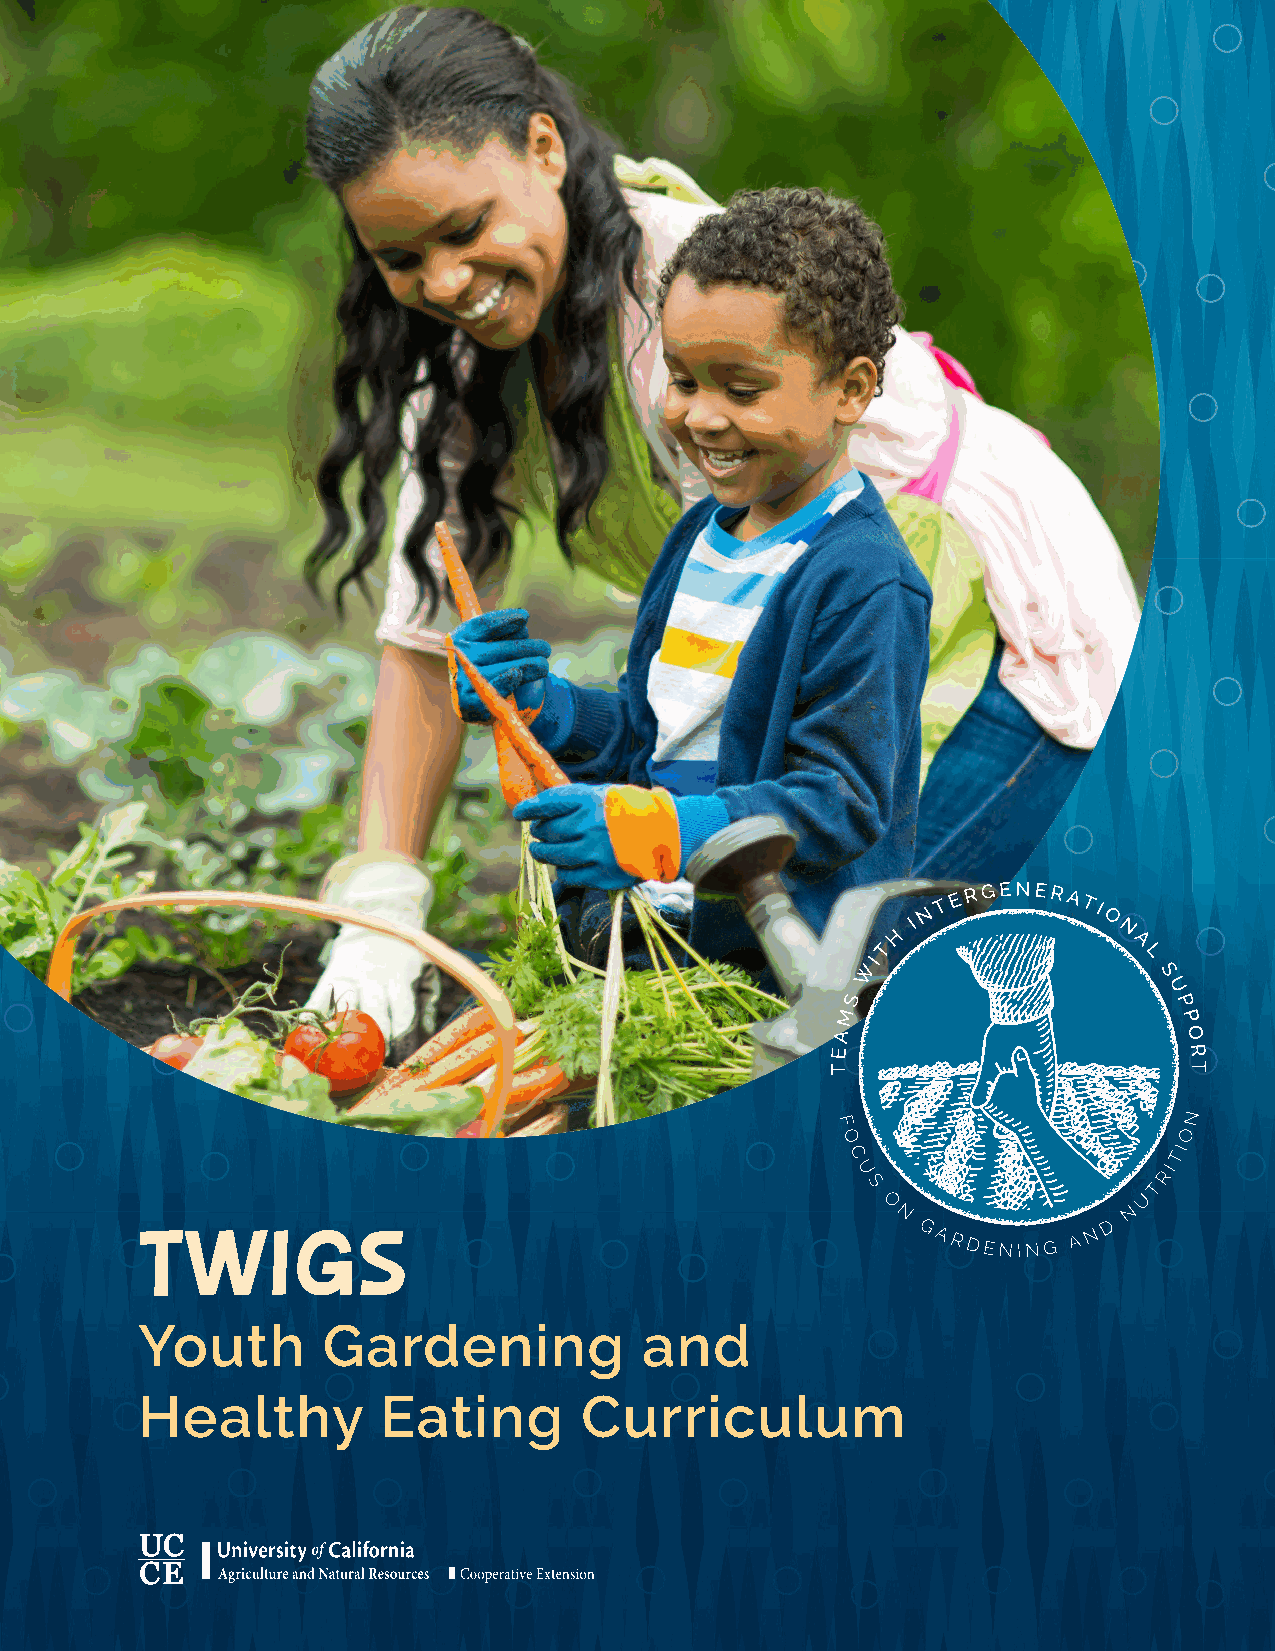
NUTRITION 13
 ACTIVITY
 TWIGS
 Youth       Gardening             and
 Healthy         Eating       Curriculum